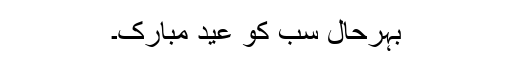
بہرحال سب کو عید مبارک۔